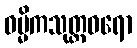
ဓမ္မိကသုတ္တဝရော